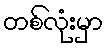
တစ်လုံးမှာ